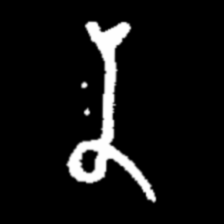
Pyu character \u2014 Myanmar letter: န (romanized: na)